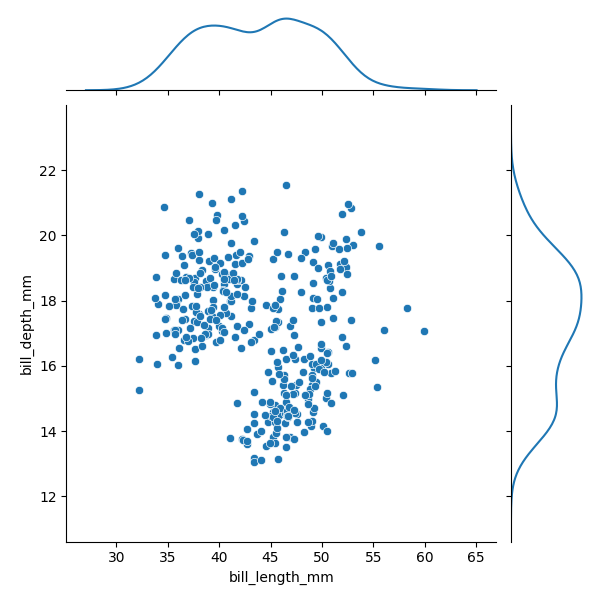
python, seaborn, JointGrid, scatterplot, kdeplot